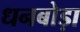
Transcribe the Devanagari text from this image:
धनबोड़ा